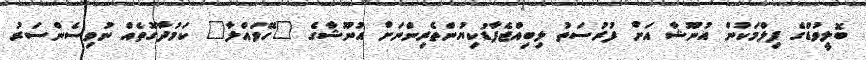
ބޮލީވުޑްގެ ފިލްމަކުން އުނޫޝާ އަށް ފުރުސަތު ލިބިއްޖެފާޑުކިޔުންތެރިންނަށް އުނޫޝާގެ "ހޭވައްލާ" ކަމުދާގޮތެއް ނުވިސެންސަރު